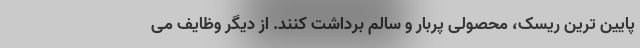
پایین ترین ریسک، محصولی پربار و سالم برداشت کنند. از دیگر وظایف می